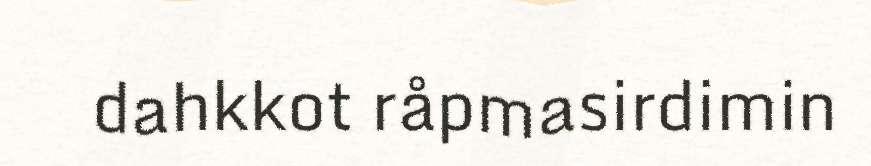
dahkkot råpmasirdimin